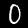
Digit: 0